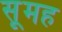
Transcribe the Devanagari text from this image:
सूमह